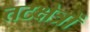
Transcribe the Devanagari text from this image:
तटक्षेत्रों